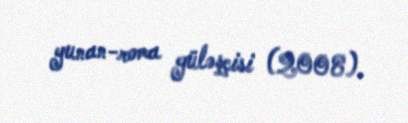
yunan-roma güləşçisi (2008).